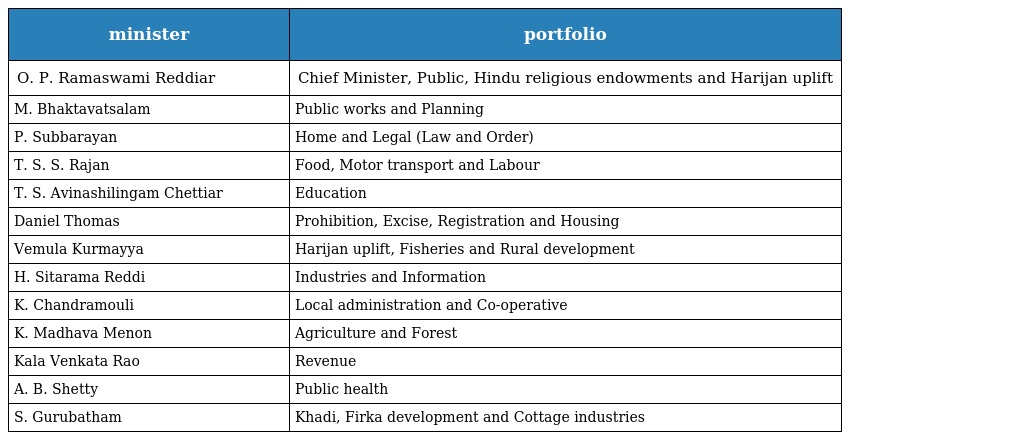
| minister | portfolio |
 | --- | --- |
 | O. P. Ramaswami Reddiar | Chief Minister, Public, Hindu religious endowments and Harijan uplift |
 | M. Bhaktavatsalam | Public works and Planning |
 | P. Subbarayan | Home and Legal (Law and Order) |
 | T. S. S. Rajan | Food, Motor transport and Labour |
 | T. S. Avinashilingam Chettiar | Education |
 | Daniel Thomas | Prohibition, Excise, Registration and Housing |
 | Vemula Kurmayya | Harijan uplift, Fisheries and Rural development |
 | H. Sitarama Reddi | Industries and Information |
 | K. Chandramouli | Local administration and Co-operative |
 | K. Madhava Menon | Agriculture and Forest |
 | Kala Venkata Rao | Revenue |
 | A. B. Shetty | Public health |
 | S. Gurubatham | Khadi, Firka development and Cottage industries |